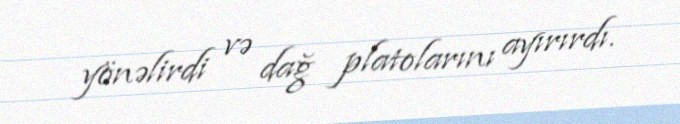
yönəlirdi və dağ platolarını ayırırdı.